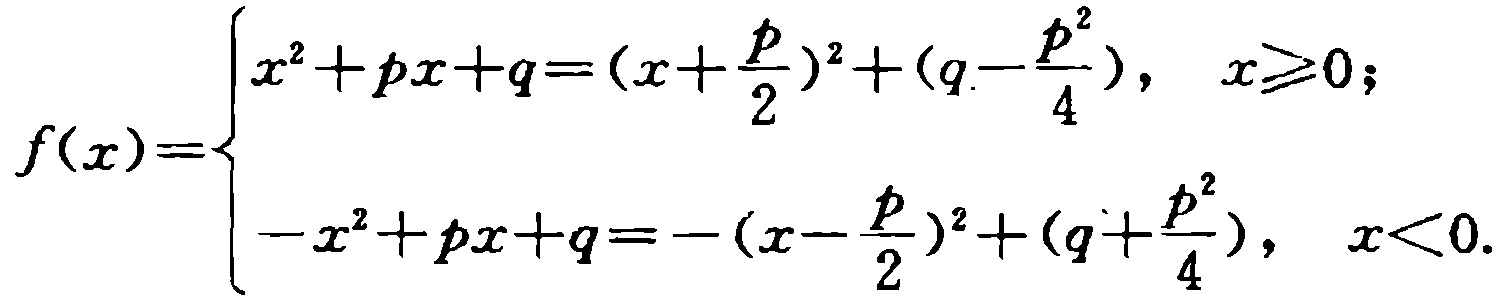
\[
f(x)=\begin{cases}
x^{2}+px + q=(x+\frac{p}{2})^{2}+(q-\frac{p^{2}}{4}),&x\geq0;\\
-x^{2}+px + q=-(x-\frac{p}{2})^{2}+(q+\frac{p^{2}}{4}),&x<0.
\end{cases}
\]